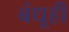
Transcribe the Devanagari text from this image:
बंधूही